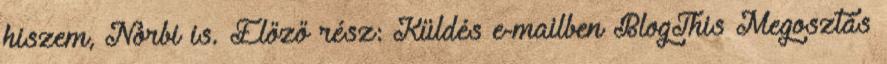
hiszem, Norbi is. Előző rész: Küldés e-mailben BlogThis Megosztás